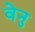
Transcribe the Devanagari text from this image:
वेनु